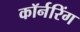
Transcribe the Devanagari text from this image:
कॉर्नरिंग